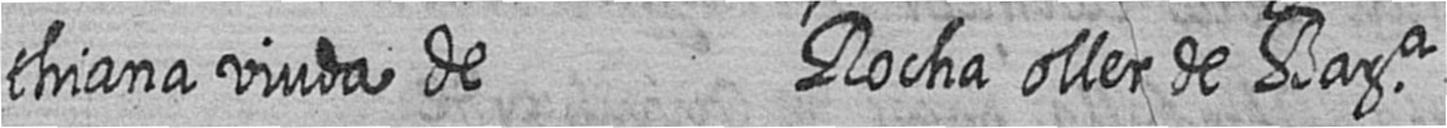
thiana viuda de Rocha oller de Bara